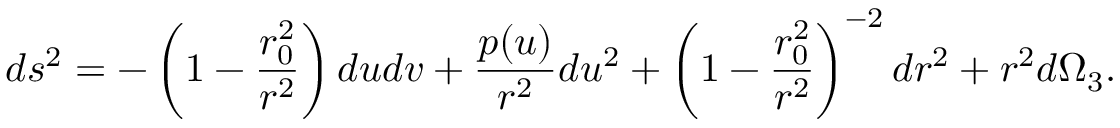
d s ^ { 2 } = - \left( 1 - \frac { r _ { 0 } ^ { 2 } } { r ^ { 2 } } \right) d u d v + \frac { p ( u ) } { r ^ { 2 } } d u ^ { 2 } + \left( 1 - \frac { r _ { 0 } ^ { 2 } } { r ^ { 2 } } \right) ^ { - 2 } d r ^ { 2 } + r ^ { 2 } d \Omega _ { 3 } .